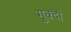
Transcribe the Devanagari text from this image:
गुक्दों